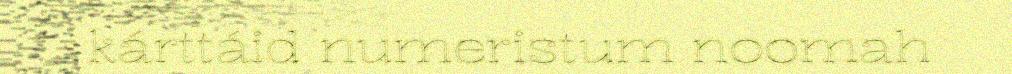
kárttáid numeristum noomah